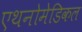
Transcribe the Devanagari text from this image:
एथनोमेडिकल